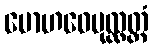
မောဟဝေပုလ္လတ္တံ